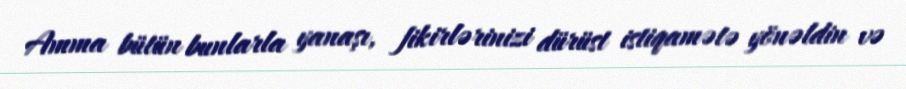
Amma bütün bunlarla yanaşı, fikirlərinizi dürüst istiqamətə yönəldin və